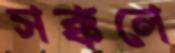
সক্কলে